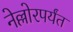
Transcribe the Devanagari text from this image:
नेल्लोरपर्यंत